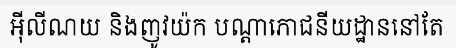
អ៊ីលីណយ និងញូវយ៉ក បណ្តាភោជនីយដ្ឋាននៅតែ